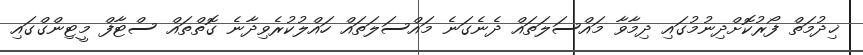
ޚިދުމަތް ފޯރުކޮށްދިނުމުގައި ދިމާވާ މައްސަލަތައް ދެނެގަނެ މައްސަލަތައް ހައްލުކުރެވިދާނެ ގޮތްތައް ސްޓާފް މީޓިންގްގައި